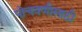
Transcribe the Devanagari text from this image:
पोचवणीसाठी